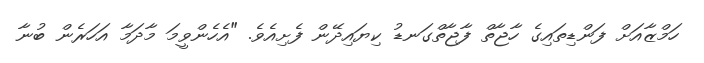
ހަމްޒާއަށް ފަންޑިތައިގެ ހާޖާތް ފާޖާތްގަނޑު ކިޔައިދޭން ފެށިއެވެ. "އެހެންވީމަ މާދަމާ އަހަރެން ބުނާ